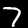
Digit: 7